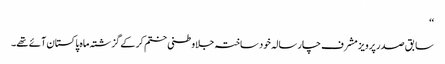
‘‘
سابق صدر پرویز مشرف چار سالہ خود ساختہ جلاوطنی ختم کر کے گزشتہ ماہ پاکستان آئے تھے۔